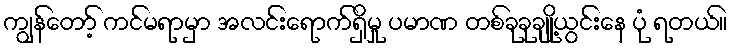
ကျွန်တော့် ကင်မရာမှာ အလင်းရောက်ရှိမှု ပမာဏ တစ်ခုခုချို့ယွင်းနေ ပုံ ရတယ်။